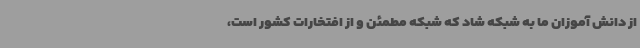
از دانش آموزان ما به شبکه شاد که شبکه مطمئن و از افتخارات کشور است،